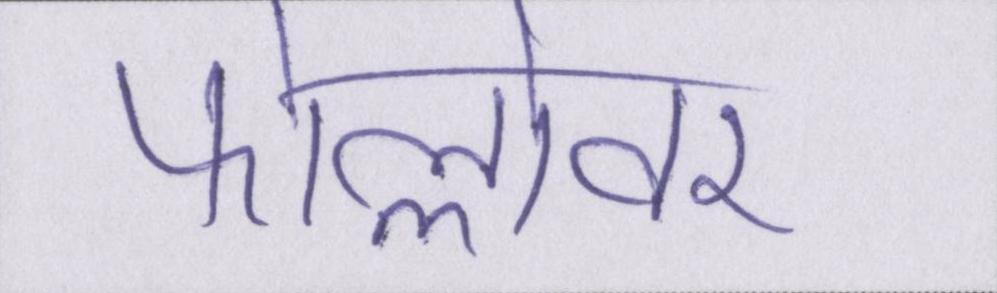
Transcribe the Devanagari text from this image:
फोल्लोवर